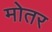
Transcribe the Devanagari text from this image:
मोतर